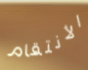
الأنتقام